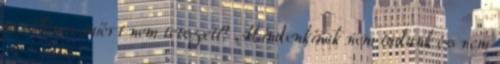
probléma. miért nem tetszett? Mindenkinek nem tudunk és nem